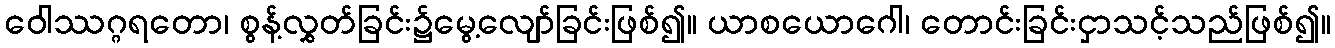
ဝေါဿဂ္ဂရတော၊ စွန့်လွှတ်ခြင်း၌မွေ့လျော်ခြင်းဖြစ်၍။ ယာစယောဂေါ၊ တောင်းခြင်းငှာသင့်သည်ဖြစ်၍။